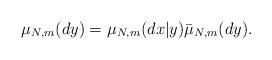
LaTeX: \begin{align*} \mu_{N,m}(dy) = \mu_{N,m}(dx|y) \bar{\mu}_{N,m}(dy).\end{align*}